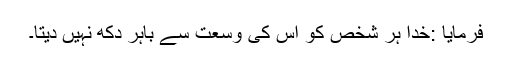
فرمایا :خدا ہر شخص کو اس کی وسعت سے باہر دکھ نہیں دیتا۔